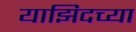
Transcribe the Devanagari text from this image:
याझिदच्या